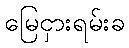
မြေငှားရမ်းခ